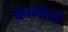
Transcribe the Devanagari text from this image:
कामाल